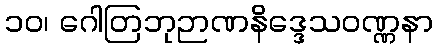
၁၀၊ ဂေါတြဘုဉာဏနိဒ္ဒေသဝဏ္ဏနာ